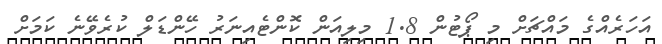
އަހަރެއްގެ މައްޗަށް މި ޕޯޓުން 1.8 މިލިއަން ކޮންޓެއިނަރު ހޭންޑަލް ކުރެވޭނެ ކަމަށް